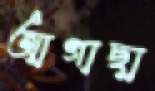
আগাছা